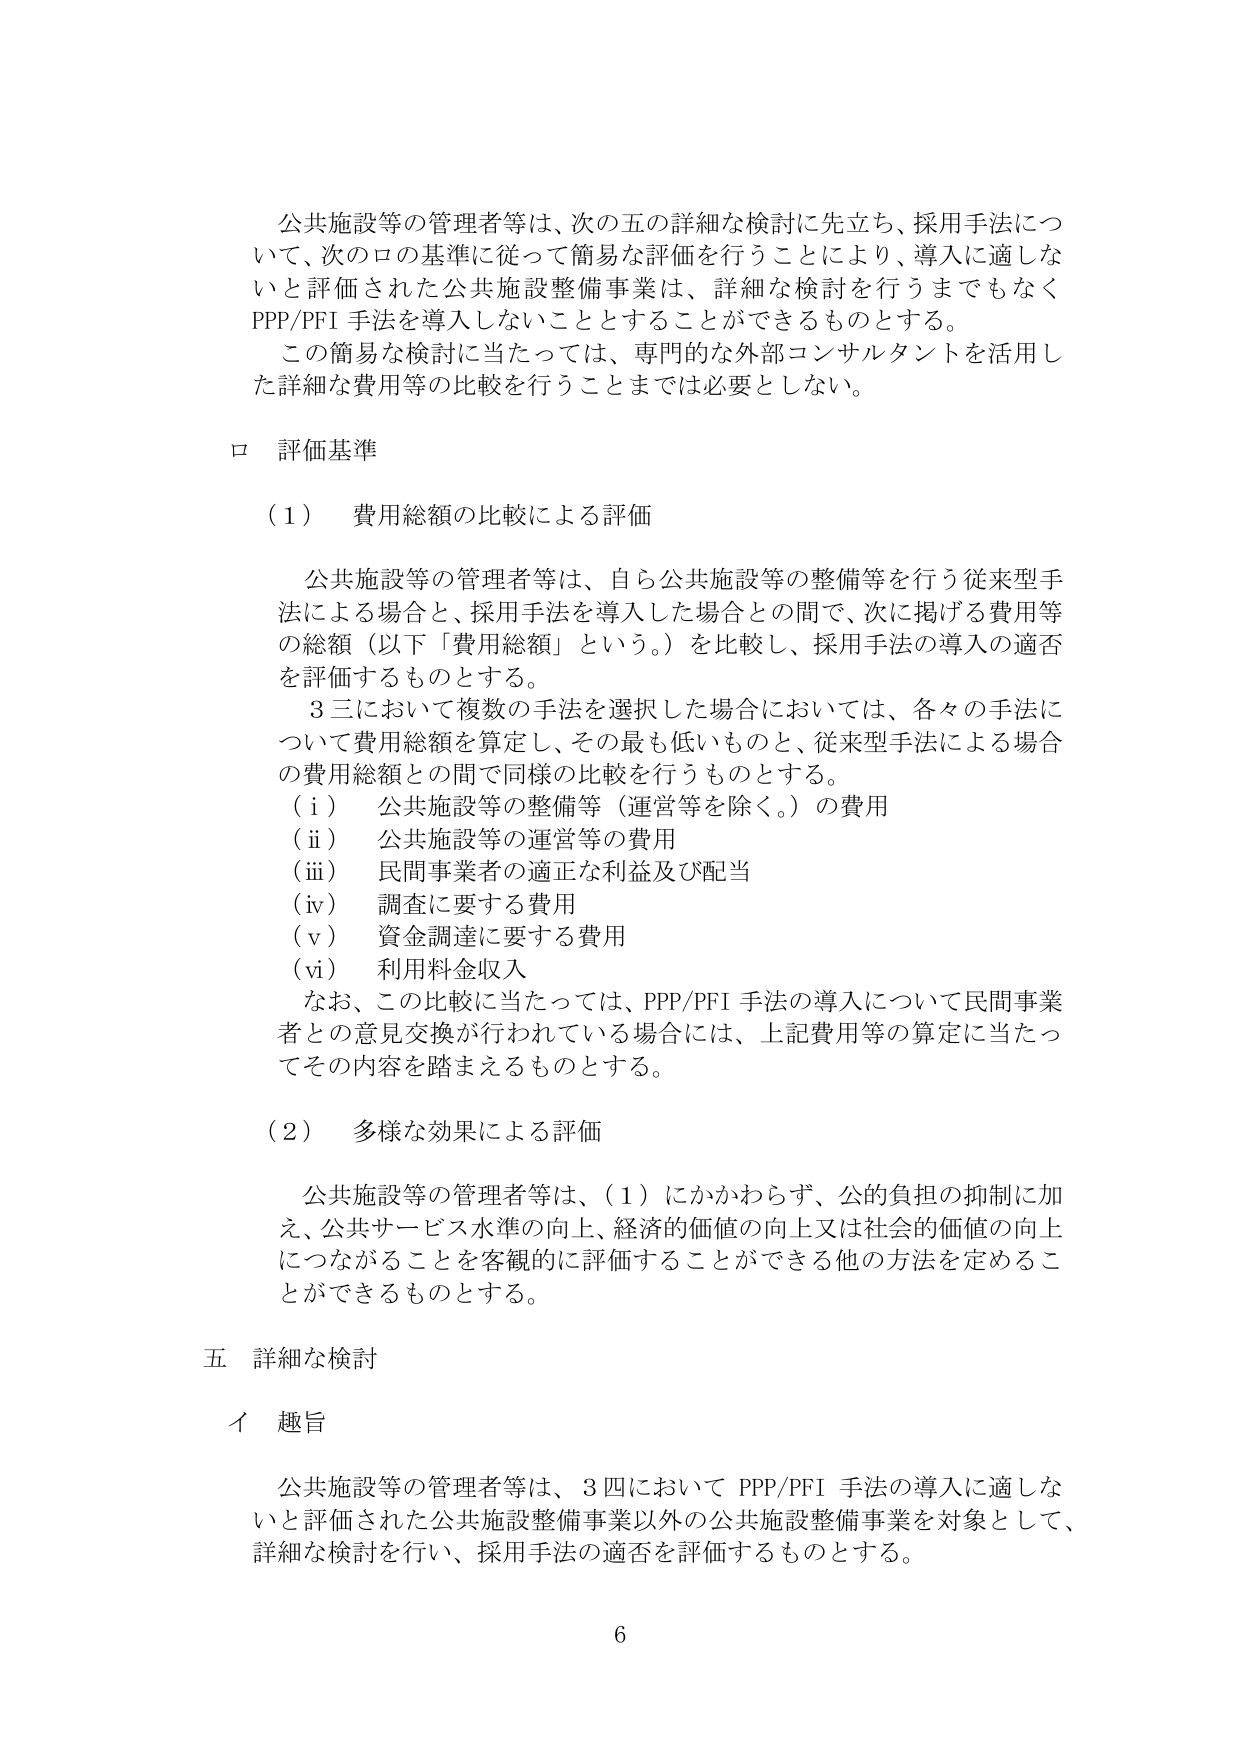
公共施設等の管理者等は、次の五の詳細な検討に先立ち、採用手法について、次のロの基準に従って簡易な評価を行うことにより、導入に適しないと評価された公共施設整備事業は、詳細な検討を行うまでもなくPPP/PFI手法を導入しないこととすることができるものとする。

この簡易な検討に当たっては、専門的な外部コンサルタントを活用した詳細な費用等の比較を行うことまでは必要としない。

ロ 評価基準

（1） 費用総額の比較による評価

公共施設等の管理者等は、自ら公共施設等の整備等を行う従来型手法による場合と、採用手法を導入した場合との間で、次に掲げる費用等の総額（以下「費用総額」という。）を比較し、採用手法の導入の適否を評価するものとする。

3三において複数の手法を選択した場合においては、各々の手法について費用総額を算定し、その最も低いものと、従来型手法による場合の費用総額との間で同様の比較を行うものとする。

（i） 公共施設等の整備等（運営等を除く。）の費用

（ii） 公共施設等の運営等の費用

（iii） 民間事業者の適正な利益及び配当

（iv） 調査に要する費用

（v） 資金調達に要する費用

（vi） 利用料金収入

なお、この比較に当たっては、PPP/PFI手法の導入について民間事業者との意見交換が行われている場合には、上記費用等の算定に当たってその内容を踏まえるものとする。

（2） 多様な効果による評価

公共施設等の管理者等は、（1）にかかわらず、公的負担の抑制に加え、公共サービス水準の向上、経済的価値の向上又は社会的価値の向上につながることを客観的に評価することができる他の方法を定めることができるものとする。

五 詳細な検討

イ 趣旨

公共施設等の管理者等は、3四においてPPP/PFI手法の導入に適しないと評価された公共施設整備事業以外の公共施設整備事業を対象として、詳細な検討を行い、採用手法の適否を評価するものとする。

6